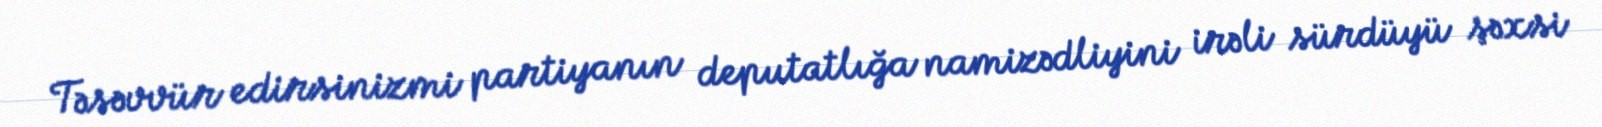
Təsəvvür edirsinizmi partiyanın deputatlığa namizədliyini irəli sürdüyü şəxsi